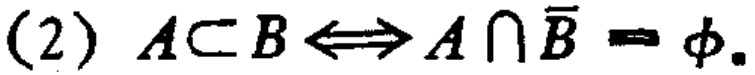
(2) \(A\subset B\Leftrightarrow A\cap \overline{B}=\varnothing\).